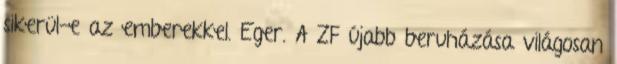
sikerül-e az emberekkel. Eger. A ZF újabb beruházása világosan